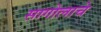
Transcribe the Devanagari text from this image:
सागोलाचे